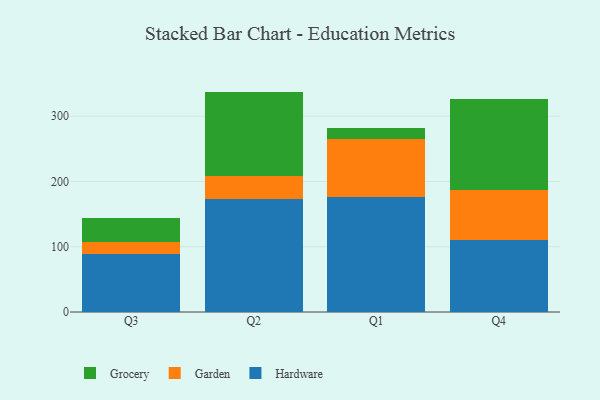
{"axis": {"x": "Quarter", "y": "Inventory Turnover"}, "legend": ["Garden", "Grocery", "Hardware"], "data": [{"x": "Q3", "y": 88.2, "type": "Hardware"}, {"x": "Q3", "y": 18.4, "type": "Garden"}, {"x": "Q3", "y": 37.9, "type": "Grocery"}, {"x": "Q2", "y": 172.5, "type": "Hardware"}, {"x": "Q2", "y": 35.5, "type": "Garden"}, {"x": "Q2", "y": 129.7, "type": "Grocery"}, {"x": "Q1", "y": 176.7, "type": "Hardware"}, {"x": "Q1", "y": 87.8, "type": "Garden"}, {"x": "Q1", "y": 17.6, "type": "Grocery"}, {"x": "Q4", "y": 110.1, "type": "Hardware"}, {"x": "Q4", "y": 76.7, "type": "Garden"}, {"x": "Q4", "y": 139.9, "type": "Grocery"}]}